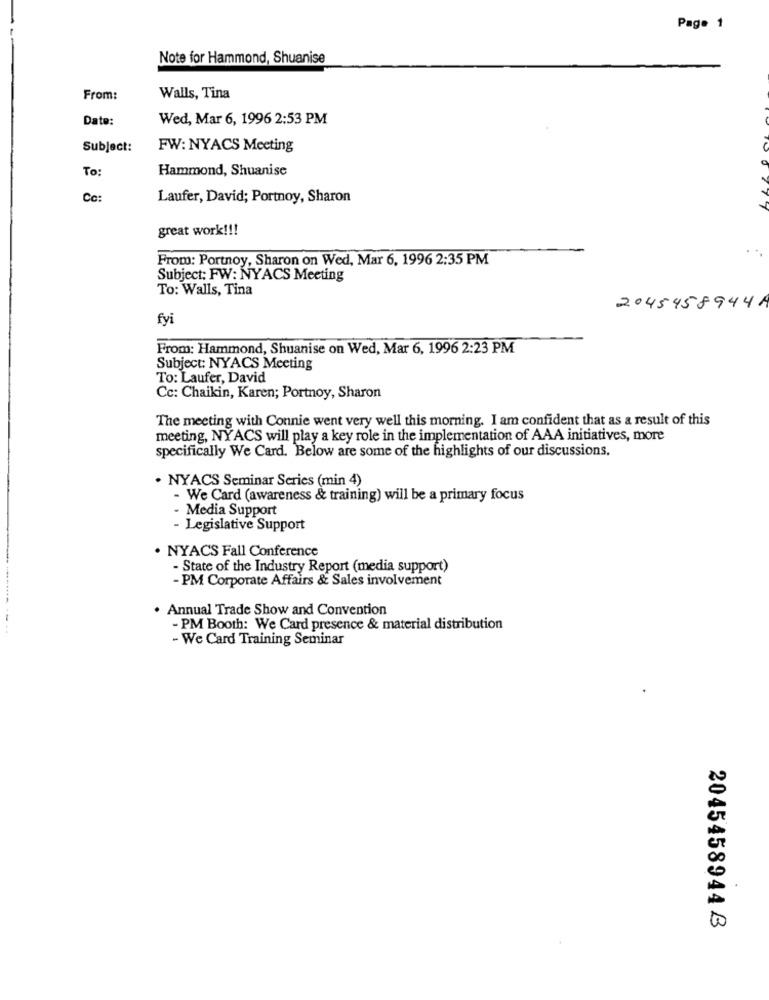
Page 1
Note for Hammond, Shuanise
From:
Walls, Tina
Date:
Wed, Mar 6, 1996 2:53 PM
Subject:
FW: NYACS Meeting
To:
Hammond, Shuanise
Cc:
Laufer, David; Portnoy, Sharon
great work !!!
. ..
From: Portnoy, Sharon on Wed, Mar 6, 1996 2:35 PM
Subject: FW: NYACS Meeting
To: Walls, Tina
2045458944A
fyi
From: Hammond, Shuanise on Wed, Mar 6, 1996 2:23 PM
Subject: NYACS Meeting
To: Laufer, David
Cc: Chaikin, Karen; Portnoy, Sharon
The meeting with Connie went very well this morning. I am confident that as a result of this
meeting, NYACS will play a key role in the implementation of AAA initiatives, more
specifically We Card. Below are some of the highlights of our discussions.
. NYACS Seminar Series (min 4)
- We Card (awareness & training) will be a primary focus
- Media Support
- Legislative Support
. NYACS Fall Conference
- State of the Industry Report (media support)
- PM Corporate Affairs & Sales involvement
· Annual Trade Show and Convention
- PM Booth: We Card presence & material distribution
- We Card Training Seminar
20454589448